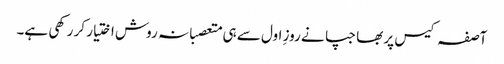
آصفہ کیس پر بھاجپا نے روزِ اول سے ہی متعصبانہ روش اختیار کر رکھی ہے۔